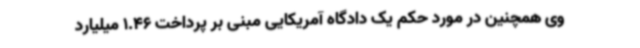
وی همچنین در مورد حکم یک دادگاه آمریکایی مبنی بر پرداخت 1.46 میلیارد